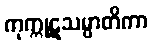
ကုက္ကုဋသမ္ပာတိကာ